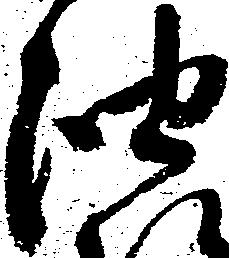
油